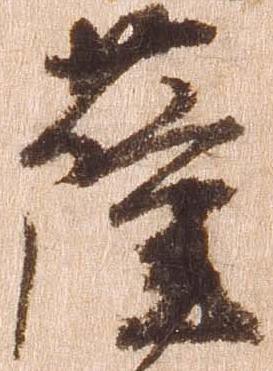
薩